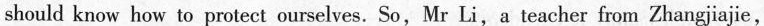
should know how to protect ourselves. So,Mr Li,a teacher from Zhangjiajie,